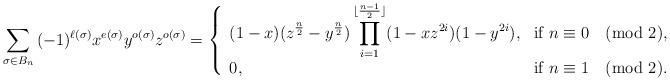
LaTeX: \begin{align*}\sum_{\sigma \in B_{n}}{(-1)^{\ell(\sigma)}x^{e(\sigma)}y^{o(\sigma)}z^{o(\sigma)}} = \left\{ \begin{array}{ll}\displaystyle (1-x) (z^\frac{n}{2}-y^\frac{n}{2} )\prod_{i=1}^{\lfloor \frac{n-1}{2} \rfloor}(1-x z^{2i})(1-y^{2i}), & \mbox{if $n \equiv 0 \pmod 2$,} \\\displaystyle 0, & \mbox{if $n \equiv 1 \pmod 2$.} \end{array} \right.\end{align*}